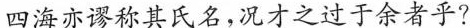
四海亦谬称其氏名,况才之过于余者乎?